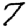
Digit: 7